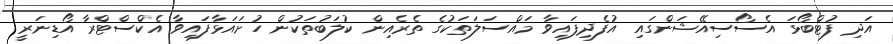
އަދި ފުޓްބޯޅަ އެސޯސިއޭޝަންގައި އުފެދިފައިވާ މައްސަލަތަކުގެ ތެރެއިން ކުލަބުތަކުން ހުށައަޅާފައިވާ އެކްސްޓްރާ އޯޑިނަރީ